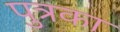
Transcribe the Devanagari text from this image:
पुत्रका